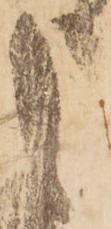
申